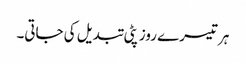
ہر تیسرے روز پٹی تبدیل کی جاتی۔